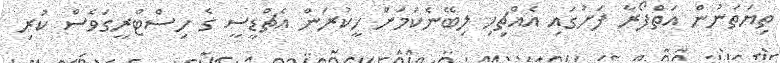
ތިޔަތަނުން އަތްފޯރާ ފަށުގައި އެއްޗިހި ލިބޭނެކަމަށް ހީކުރަން އެޗްޑީސީ ގެ ހިސްޓްރީގަވެސް ކުރި